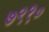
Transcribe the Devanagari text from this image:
७९१०